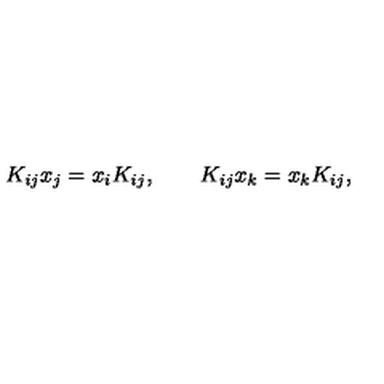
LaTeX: K _ { i j } x _ { j } = x _ { i } K _ { i j } , \qquad K _ { i j } x _ { k } = x _ { k } K _ { i j } ,